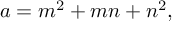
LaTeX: a = m ^ { 2 } + m n + n ^ { 2 } ,